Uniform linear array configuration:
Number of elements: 8
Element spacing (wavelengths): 1
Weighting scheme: blackman
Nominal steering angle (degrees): -45
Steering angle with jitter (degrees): -44.114
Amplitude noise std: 0.05
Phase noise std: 0.05

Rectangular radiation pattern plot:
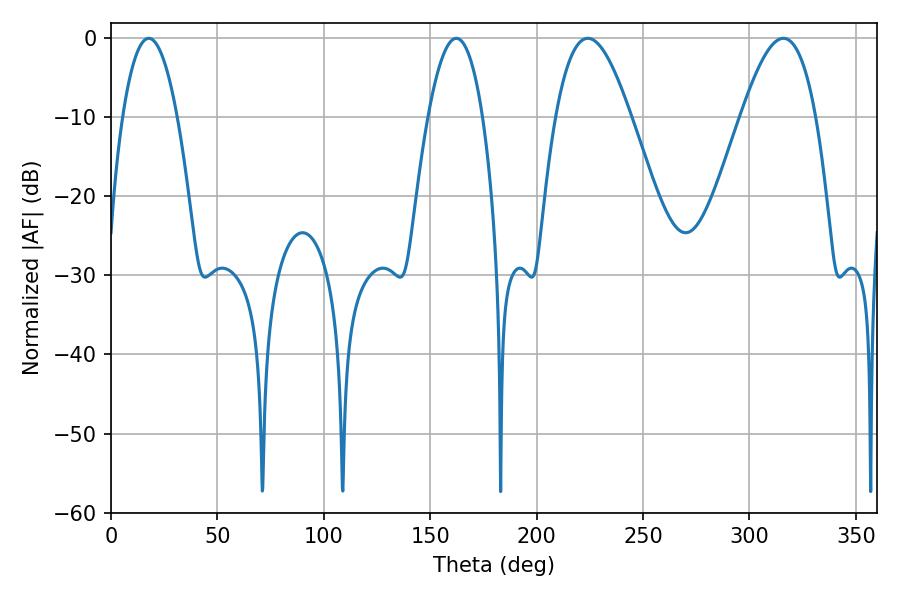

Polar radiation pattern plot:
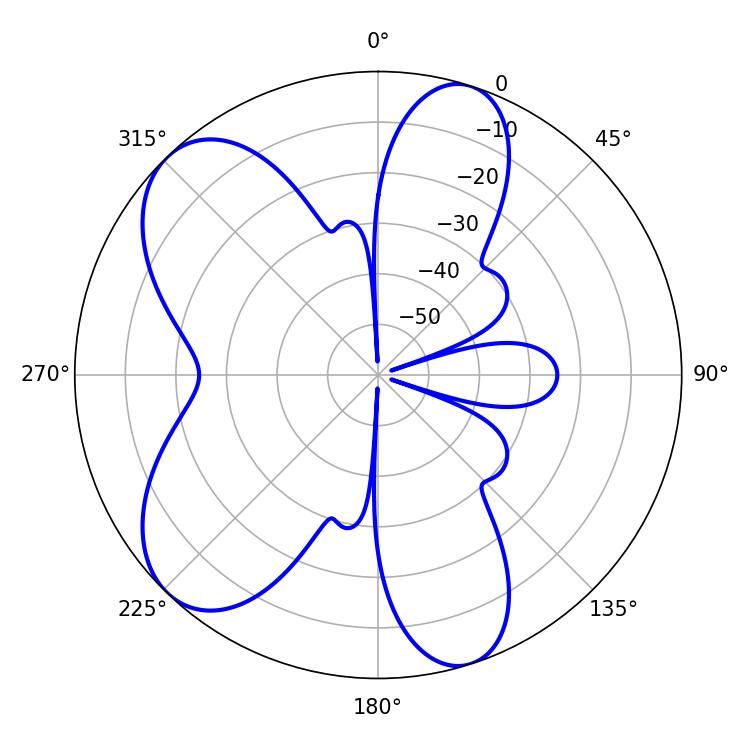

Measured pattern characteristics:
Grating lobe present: TRUE
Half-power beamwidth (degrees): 19.08
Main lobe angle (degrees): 224.1